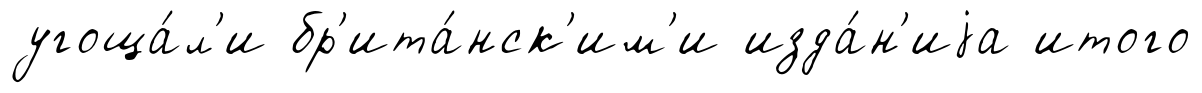
угоща́л'и бр'ита́нск'им'и изда́н'иjа итого